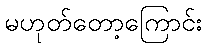
မဟုတ်တော့ကြောင်း